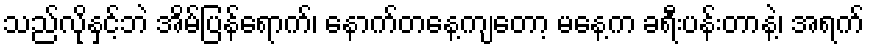
သည်လိုနှင့်ဘဲ အိမ်ပြန်ရောက်၊ နောက်တနေ့ကျတော့ မနေ့က ခရီးပန်းတာနဲ့၊ အရက်